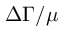
\Delta \Gamma / \mu